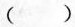
()